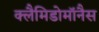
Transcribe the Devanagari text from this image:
क्लैमिडोमॉनैस